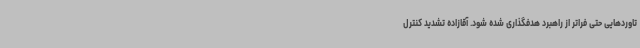
تاوردهایی حتی فراتر از راهبرد هدفگذاری شده شود. آقازاده تشدید کنترل